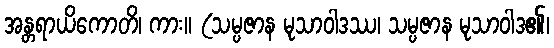
အန္တရာယိကောတိ၊ ကား။ (သမ္ပဇာန မုသာဝါဒဿ၊ သမ္ပဇာန မုသာဝါဒ၏၊